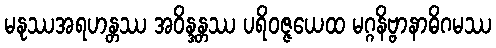
မနုဿအရဟန္တဿ အဝိန္ဒန္တဿ ပရိဝဇ္ဇယေထ မဂ္ဂနိဗ္ဗာနာဓိဂမဿ